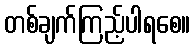
တစ်ချက်ကြည့်ပါရစေ။